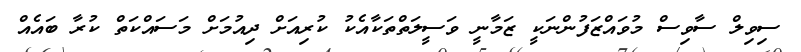
ސިވިލް ސާވިސް މުވައްޒަފުންނަކީ ޒަމާނީ ވަސީލަތްތަކާއެކު ކުރިއަށް ދިއުމަށް މަސައްކަތް ކުރާ ބައެއް